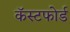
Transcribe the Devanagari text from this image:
कॅस्टफोर्ड